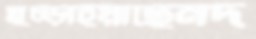
মুচ্‌ড়াইয়াছেনদ